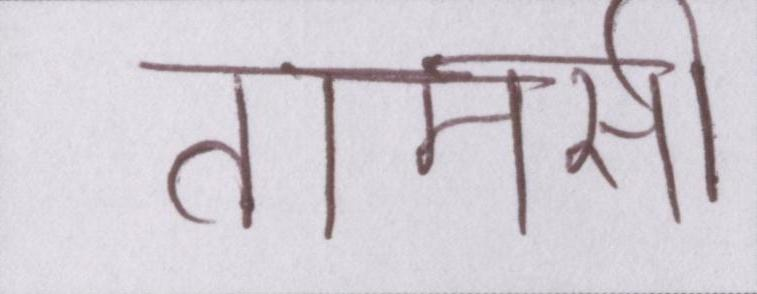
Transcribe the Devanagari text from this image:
तामसी